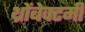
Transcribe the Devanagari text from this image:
थ्रोंबेक्टमी